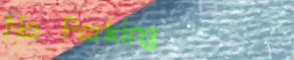
No Parking